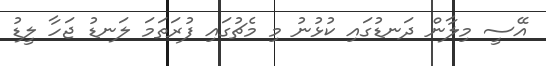
އޭސީ މިލާން ދަނޑުގައި ކުޅުނު މި މެޗުގައި ފުރަތަމަ ލަނޑު ޖަހާ ލީޑު